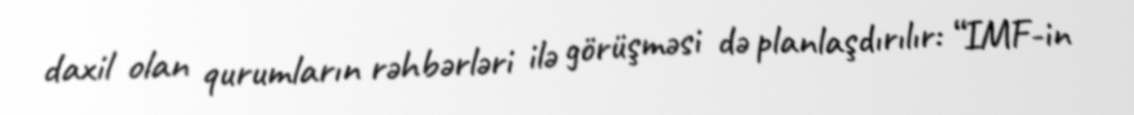
daxil olan qurumların rəhbərləri ilə görüşməsi də planlaşdırılır: “IMF-in